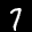
Label: 7